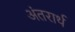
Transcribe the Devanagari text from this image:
अंतरार्थ